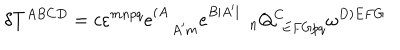
\delta T ^ { A B C D } = c \varepsilon ^ { m n p q } e _ { \quad A ^ { \prime } m } ^ { ( A } e _ { \qquad \ n } ^ { B | A ^ { \prime } | } Q _ { \ \, E F G p q } ^ { C } \omega ^ { D ) E F G } \label y